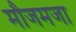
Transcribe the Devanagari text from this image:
मौजमजा